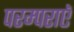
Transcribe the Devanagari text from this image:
परम्पराएॅ